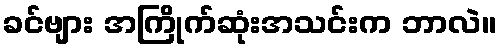
ခင်ဗျား အကြိုက်ဆုံးအသင်းက ဘာလဲ။